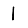
Digit: 1